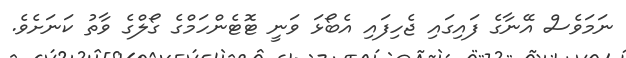
ނަމަވެސް އޭނާގެ ފައިގައި ޖެހިފައި އެބޯޅަ ވަނީ ޓޮޓެންހަމްގެ ގޯލްގެ ވާތު ކަނަށެވެ.